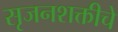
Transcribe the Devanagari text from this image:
सृजनशक्तीचे